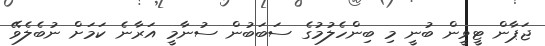
ޖަޕާން ޓީވީން ބުނީ މި ބިންހެލުމުގެ ސަބަބުން ސުނާމީ އަރާނެ ކަމަށް ނުބެލެވޭ